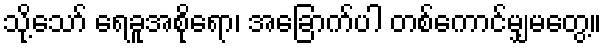
သို့သော် ရေခူအစိုရော၊ အခြောက်ပါ တစ်ကောင်မျှမတွေ့။